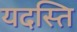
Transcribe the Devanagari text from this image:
यदस्ति